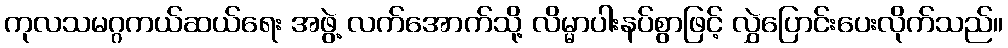
ကုလသမဂ္ဂကယ်ဆယ်ရေး အဖွဲ့ လက်အောက်သို့ လိမ္မာပါးနပ်စွာဖြင့် လွှဲပြောင်းပေးလိုက်သည်။